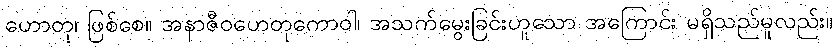
ဟောတု၊ ဖြစ်စေ။ အနာဇီဝဟေတုကောဝါ၊ အသက်မွေးခြင်းဟူသော အကြောင်း မရှိသည်မူလည်း။